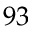
9 3